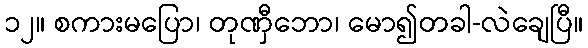
၁၂။ စကားမပြော၊ တုဏှီဘော၊ မော၍တခါ-လဲချေပြီ။